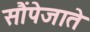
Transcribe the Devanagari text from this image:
सौंपेजाते